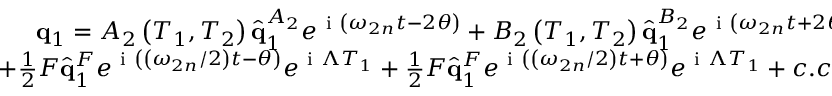
\begin{array} { r } { \mathbf { q } _ { 1 } = A _ { 2 } \left( T _ { 1 } , T _ { 2 } \right) \hat { \mathbf { q } } _ { 1 } ^ { A _ { 2 } } e ^ { \mathrm { ~ i ~ } \left( \omega _ { 2 n } t - 2 \theta \right) } + B _ { 2 } \left( T _ { 1 } , T _ { 2 } \right) \hat { \mathbf { q } } _ { 1 } ^ { B _ { 2 } } e ^ { \mathrm { ~ i ~ } \left( \omega _ { 2 n } t + 2 \theta \right) } } \\ { + \frac { 1 } { 2 } F \hat { \mathbf { q } } _ { 1 } ^ { F } e ^ { \mathrm { ~ i ~ } \left( \left( \omega _ { 2 n } / 2 \right) t - \theta \right) } e ^ { \mathrm { ~ i ~ } \Lambda T _ { 1 } } + \frac { 1 } { 2 } F \hat { \mathbf { q } } _ { 1 } ^ { F } e ^ { \mathrm { ~ i ~ } \left( \left( \omega _ { 2 n } / 2 \right) t + \theta \right) } e ^ { \mathrm { ~ i ~ } \Lambda T _ { 1 } } + c . c . \, . } \end{array}